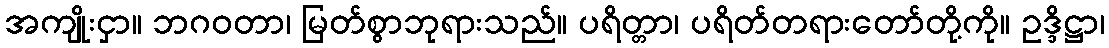
အကျိုးငှာ။ ဘဂဝတာ၊ မြတ်စွာဘုရားသည်။ ပရိတ္တာ၊ ပရိတ်တရားတော်တို့ကို။ ဥဒ္ဒိဋ္ဌာ၊